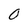
Character: 0